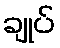
ချုပ်